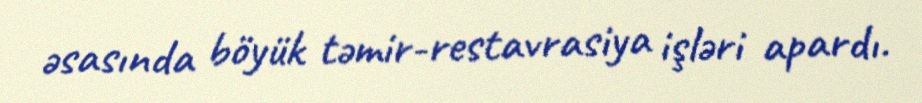
əsasında böyük təmir-restavrasiya işləri apardı.